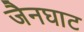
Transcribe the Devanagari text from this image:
जैनघाट